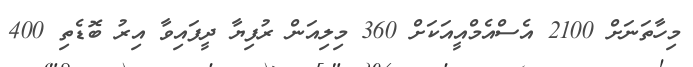
މިހާތަނަށް 2100 އެސްއެމްއީއަކަށް 360 މިލިއަން ރުފިޔާ ދީފައިވާ އިރު ބޮޑެތި 400